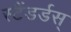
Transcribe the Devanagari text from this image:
स्टैंडर्डस्